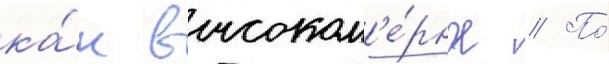
ка́к высоком'е́рное // По́